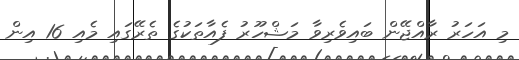
މި އަހަރު ރާއްޖޭން ބައިވެރިވާ މަޝްހޫރު ފެއާތަކުގެ ތެރޭގައި މެއި 16 އިން